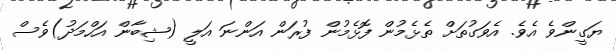
ޔަގީންވެ އެވެ. އެވަގުތަށް ތެޅެމުން ފޮޅެމުން ފުރަން އަންނަ އަލީ (ޝިބާން އަހްމަދު)ވެސް